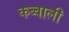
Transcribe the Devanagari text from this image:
कब्बाली